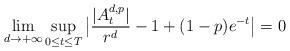
LaTeX: \begin{align*}\lim\limits_{d\rightarrow+\infty}\sup_{0\leq t\leq T}\big|\frac{|A_t^{d,p}|}{r^d}-1+(1-p)e^{-t}\big|=0\end{align*}